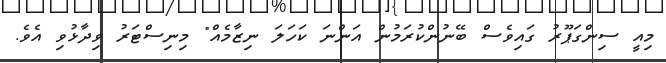
މިއީ ސިންގަޕޫރު ގައިވެސް ބޭނުންކުރަމުން އަންނަ ކަހަލަ ނިޒާމެއް" މިނިސްޓަރު ވިދާޅުވި އެވެ.